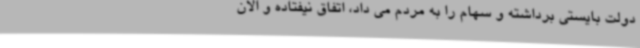
دولت بایستی برداشته و سهام را به مردم می داد، اتفاق نیفتاده و الان